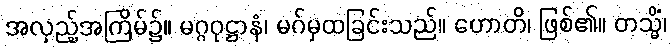
အလှည့်အကြိမ်၌။ မဂ္ဂဝုဋ္ဌာနံ၊ မဂ်မှထခြင်းသည်။ ဟောတိ၊ ဖြစ်၏။ တသ္မိံ၊